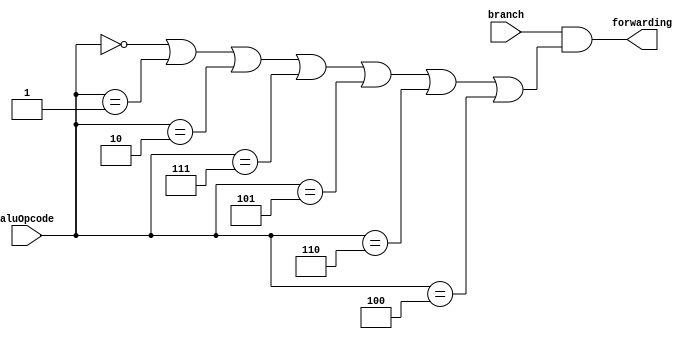
module branchForwarding(aluOpcode, branch, forwarding);
	input [3:0] aluOpcode;
	input branch;
	output forwarding;
	
	assign forwarding = branch & (aluOpcode == 4'h0 | aluOpcode == 4'h1 | aluOpcode == 4'h2 | aluOpcode == 4'h7 | aluOpcode == 4'h5 | aluOpcode == 4'h6 | aluOpcode == 4'h4);

endmodule